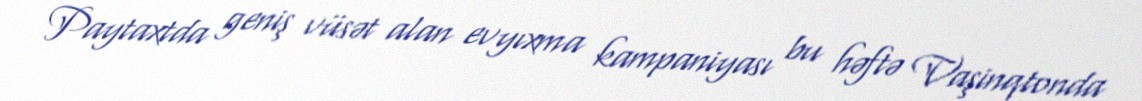
Paytaxtda geniş vüsət alan evyıxma kampaniyası bu həftə Vaşinqtonda